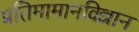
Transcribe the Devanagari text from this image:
प्रतिमामानविज्ञान